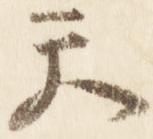
天